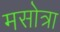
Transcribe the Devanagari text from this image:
मसोत्रा